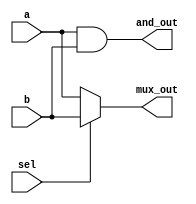
module simple_assignment (
    input wire a,          // Input wire a
    input wire b,          // Input wire b
    input wire sel,        // Select signal for multiplexer
    output wire and_out,   // Output of AND gate
    output wire mux_out    // Output of multiplexer
);

// Continuous assignment for AND gate
assign and_out = a & b; // Output is the AND of inputs a and b

// Continuous assignment for multiplexer
assign mux_out = sel ? b : a; // Output is b if sel is 1, otherwise a

endmodule